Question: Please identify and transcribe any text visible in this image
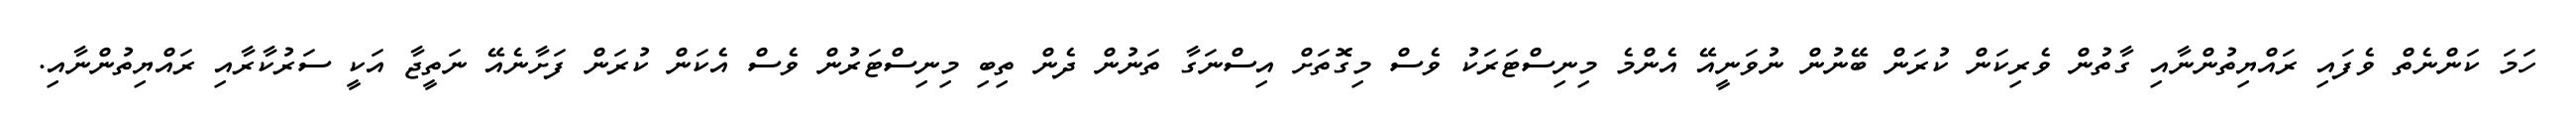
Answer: ހަމަ ކަންނެތް ވެފައި ރައްޔިތުންނާއި ގާތުން ވެރިކަން ކުރަން ބޭނުން ނުވަނީއޭ އެންމެ މިނިސްޓަރަކު ވެސް މިގޮތަށް އިސްނަގާ ތަނުން ދެން ތިބި މިނިސްޓަރުން ވެސް އެކަން ކުރަން ފަށާނެއޭ ނަތީޖާ އަކީ ސަރުކާރާއި ރައްޔިތުންނާއި.